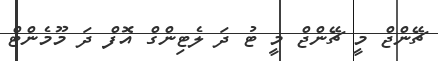
ޗޭންޖް މީ ޗޭންޖް މީ ޓު ދަ ލެޓިންގް އޮފް ދަ މޫމެންޓް